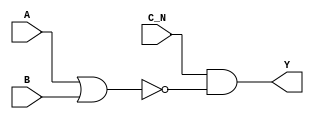
module sky130_fd_sc_lp__nor3b (
    Y  ,
    A  ,
    B  ,
    C_N
);

    // Module ports
    output Y  ;
    input  A  ;
    input  B  ;
    input  C_N;

    // Module supplies
    supply1 VPWR;
    supply0 VGND;
    supply1 VPB ;
    supply0 VNB ;

    // Local signals
    wire nor0_out  ;
    wire and0_out_Y;

    //  Name  Output      Other arguments
    nor nor0 (nor0_out  , A, B           );
    and and0 (and0_out_Y, C_N, nor0_out  );
    buf buf0 (Y         , and0_out_Y     );

endmodule